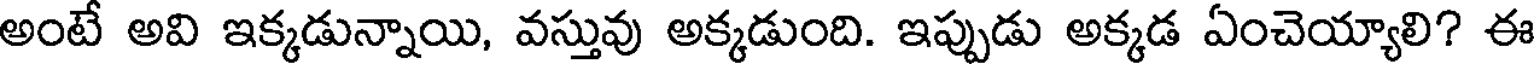
అంటే అవి ఇక్కడున్నాయి, వస్తువు అక్కడుంది. ఇప్పుడు అక్కడ ఏంచెయ్యాలి? ఈ